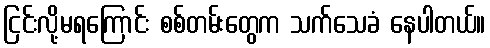
ငြင်းလို့မရကြောင်း စစ်တမ်းတွေက သက်သေခံ နေပါတယ်။